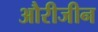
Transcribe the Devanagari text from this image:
औरीजीन